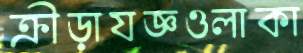
ক্রীড়াযজ্ঞওলাকা